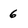
Character: 6